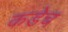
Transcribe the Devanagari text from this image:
कडेच